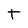
Character: t